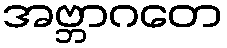
အဗ္ဘာဂတေ